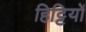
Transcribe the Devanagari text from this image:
हिट्टियों